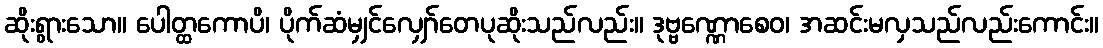
ဆိုးရွားသော။ ပေါတ္ထကောပိ၊ ပိုက်ဆံမျှင်လျှော်တေပုဆိုးသည်လည်း။ ဒုဗ္ဗဏ္ဏောစေဝ၊ အဆင်းမလှသည်လည်းကောင်း။